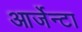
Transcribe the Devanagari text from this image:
आर्जेन्टा